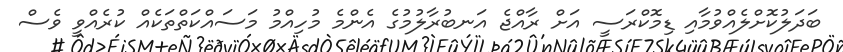
ބަދަލުކޮށްލެއްވުމާއި ޑިމޮކްރަސީ އަށް ރާއްޖެ އަނބުރާލުމުގެ އެންމެ މުހިއްމު މަސައްކަތްތަކެއް ކުރެއްވީ ވެސް